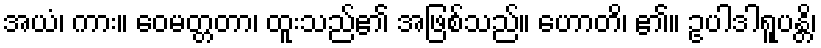
အယံ၊ ကား။ ဝေမတ္တတာ၊ ထူးသည်၏ အဖြစ်သည်။ ဟောတိ၊ ၏။ ဥပါဒါရူပန္တိ၊